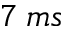
7 \: m s